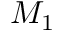
M _ { 1 }